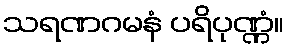
သရဏဂမနံ ပရိပုဏ္ဏံ။